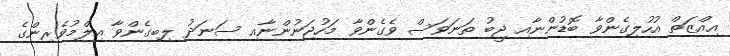
އިއްޒަތް އުހުލިގެންވާ ބޮޑުންނާއި ޖީބު ތަނަވަސް ވެގެންވާ މަހުޖަނުންނާއި ސަނަދު ލިބިގެންވާ އިލްމުވެރިންގެ